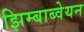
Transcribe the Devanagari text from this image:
झिम्बाब्वेयन